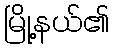
မြို့နယ်၏